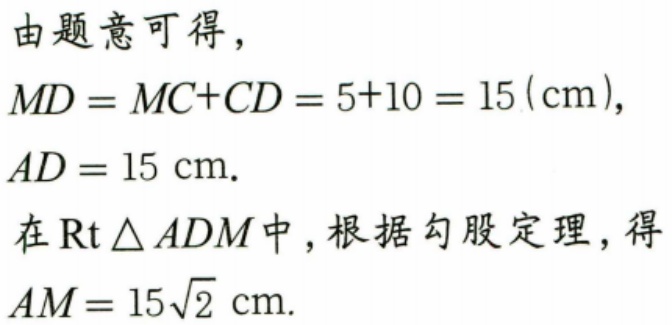
由题意可得，
\(MD = MC + CD=5 + 10 = 15(\text{cm})\)，
\(AD = 15\text{ cm}\).
在\(\text{Rt}\triangle ADM\)中，根据勾股定理，得
\(AM = 15\sqrt{2}\text{ cm}\).